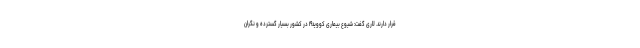
قرار دارند. لاری گفت: شیوع بیماری کووید۱۹ در کشور بسیار گسترده و نگران